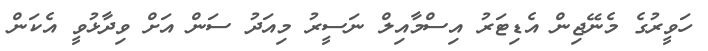
ހަވީރުގެ މެނޭޖިން އެޑިޓަރު އިސްމާއިލް ނަސީރު މިއަދު ސަން އަށް ވިދާޅުވީ އެކަން